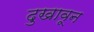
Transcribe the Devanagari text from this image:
दुखावून